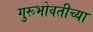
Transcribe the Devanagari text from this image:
गुरूभोवतीच्या